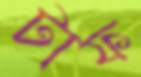
টাফ